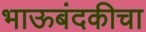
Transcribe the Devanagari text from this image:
भाऊबंदकीचा